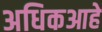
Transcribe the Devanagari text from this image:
अधिकआहे